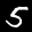
Label: 5